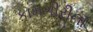
કામગીરીના